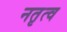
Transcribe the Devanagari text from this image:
नतृत्व